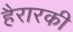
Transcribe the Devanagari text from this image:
हैरारकी